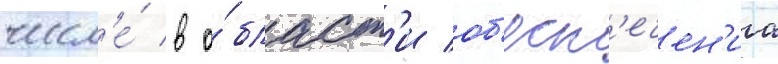
числ'е́ в о́бласт'и об'есп'ечен'иа